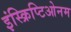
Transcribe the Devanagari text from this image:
इंस्क्रिप्टिओनम